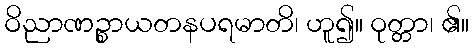
ဝိညာဏဉ္စာယတနပရမာတိ၊ ဟူ၍။ ဝုတ္တာ၊ ၏။